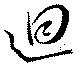
迴